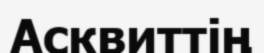
Асквиттің